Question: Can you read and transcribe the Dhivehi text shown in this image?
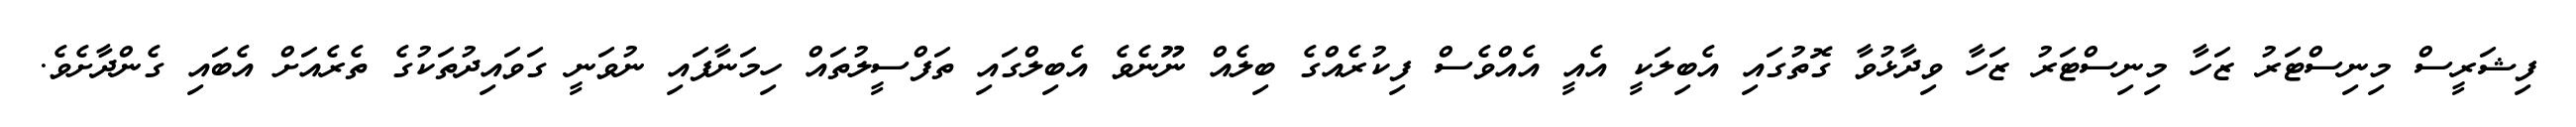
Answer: ފިޝަރީސް މިނިސްޓަރު ޒަހާ މިނިސްޓަރު ޒަހާ ވިދާޅުވާ ގޮތުގައި އެބިލަކީ އެއީ އެއްވެސް ފިކުރެއްގެ ބިލެއް ނޫނެވެ އެބިލްގައި ތަފްސީލުތައް ހިމަނާފައި ނުވަނީ ގަވައިދުތަކުގެ ތެރެއަށް އެބައި ގެންދާށެވެ.